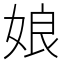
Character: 娘